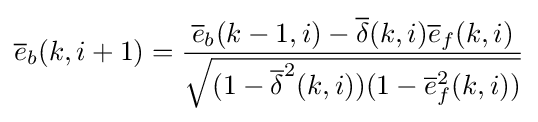
{\overline {e}}_{b}(k,i+1)={\frac {{\overline {e}}_{b}(k-1,i)-{\overline {\delta }}(k,i){\overline {e}}_{f}(k,i)}{\sqrt {(1-{\overline {\delta }}^{2}(k,i))(1-{\overline {e}}_{f}^{2}(k,i))}}}